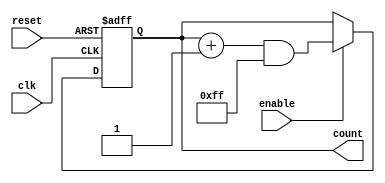
module Parameterized_Counter #(
    parameter WIDTH = 8,          // Bit-width of the counter
    parameter STEP_SIZE = 1       // Step size for counting
)(
    input wire clk,               // Clock signal
    input wire reset,             // Asynchronous reset signal
    input wire enable,            // Enable signal for counting
    output reg [WIDTH-1:0] count  // Current count value
);

    // Maximum count value
    localparam MAX_COUNT = (1 << WIDTH) - 1;

    // Always block triggered on the rising edge of the clock
    always @(posedge clk or posedge reset) begin
        if (reset) begin
            count <= 0;            // Reset the counter to zero
        end else if (enable) begin
            // Increment the counter with wrap-around
            count <= (count + STEP_SIZE) & MAX_COUNT; // Wrap around using bitwise AND
        end
        // If enable is low, retain the current count value
    end

endmodule